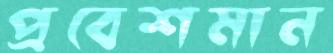
প্রবেশমান